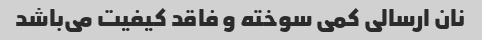
نان ارسالی کمی سوخته و فاقد کیفیت می‌باشد